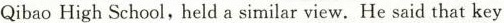
Qibao High School held a similar view.He said that key